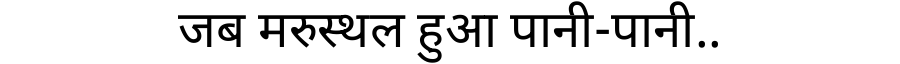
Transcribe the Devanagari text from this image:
जब मरुस्थल हुआ पानी-पानी..